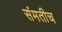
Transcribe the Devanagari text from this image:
संमतीच